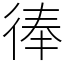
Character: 𢔓